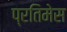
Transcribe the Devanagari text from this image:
प्रतिमेस